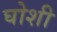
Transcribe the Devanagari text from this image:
घोशी